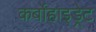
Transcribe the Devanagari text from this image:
कर्बोहाइड्रेट